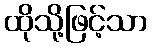
ထိုသို့ဖြင့်သာ